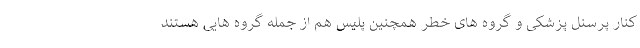
کنار پرسنل پزشکی و گروه های خطر همچنین پلیس هم از جمله گروه هایی هستند